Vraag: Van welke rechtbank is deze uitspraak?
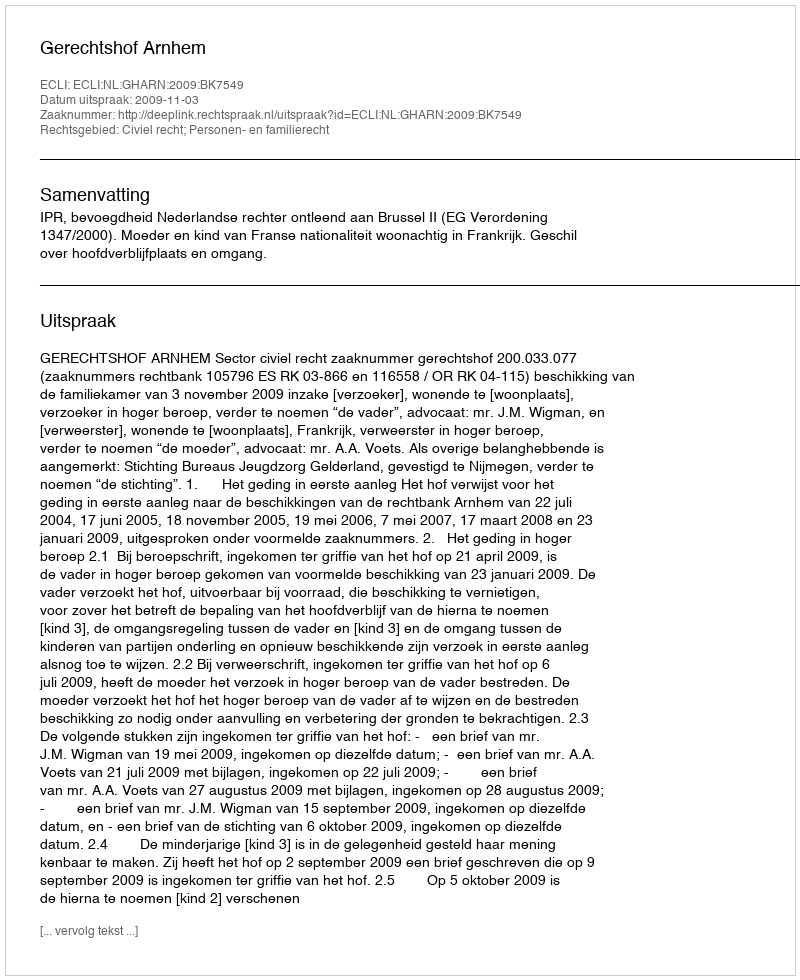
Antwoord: Gerechtshof Arnhem